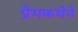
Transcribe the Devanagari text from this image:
प्रेमकथेने